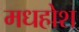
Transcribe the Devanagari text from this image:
मधहोश